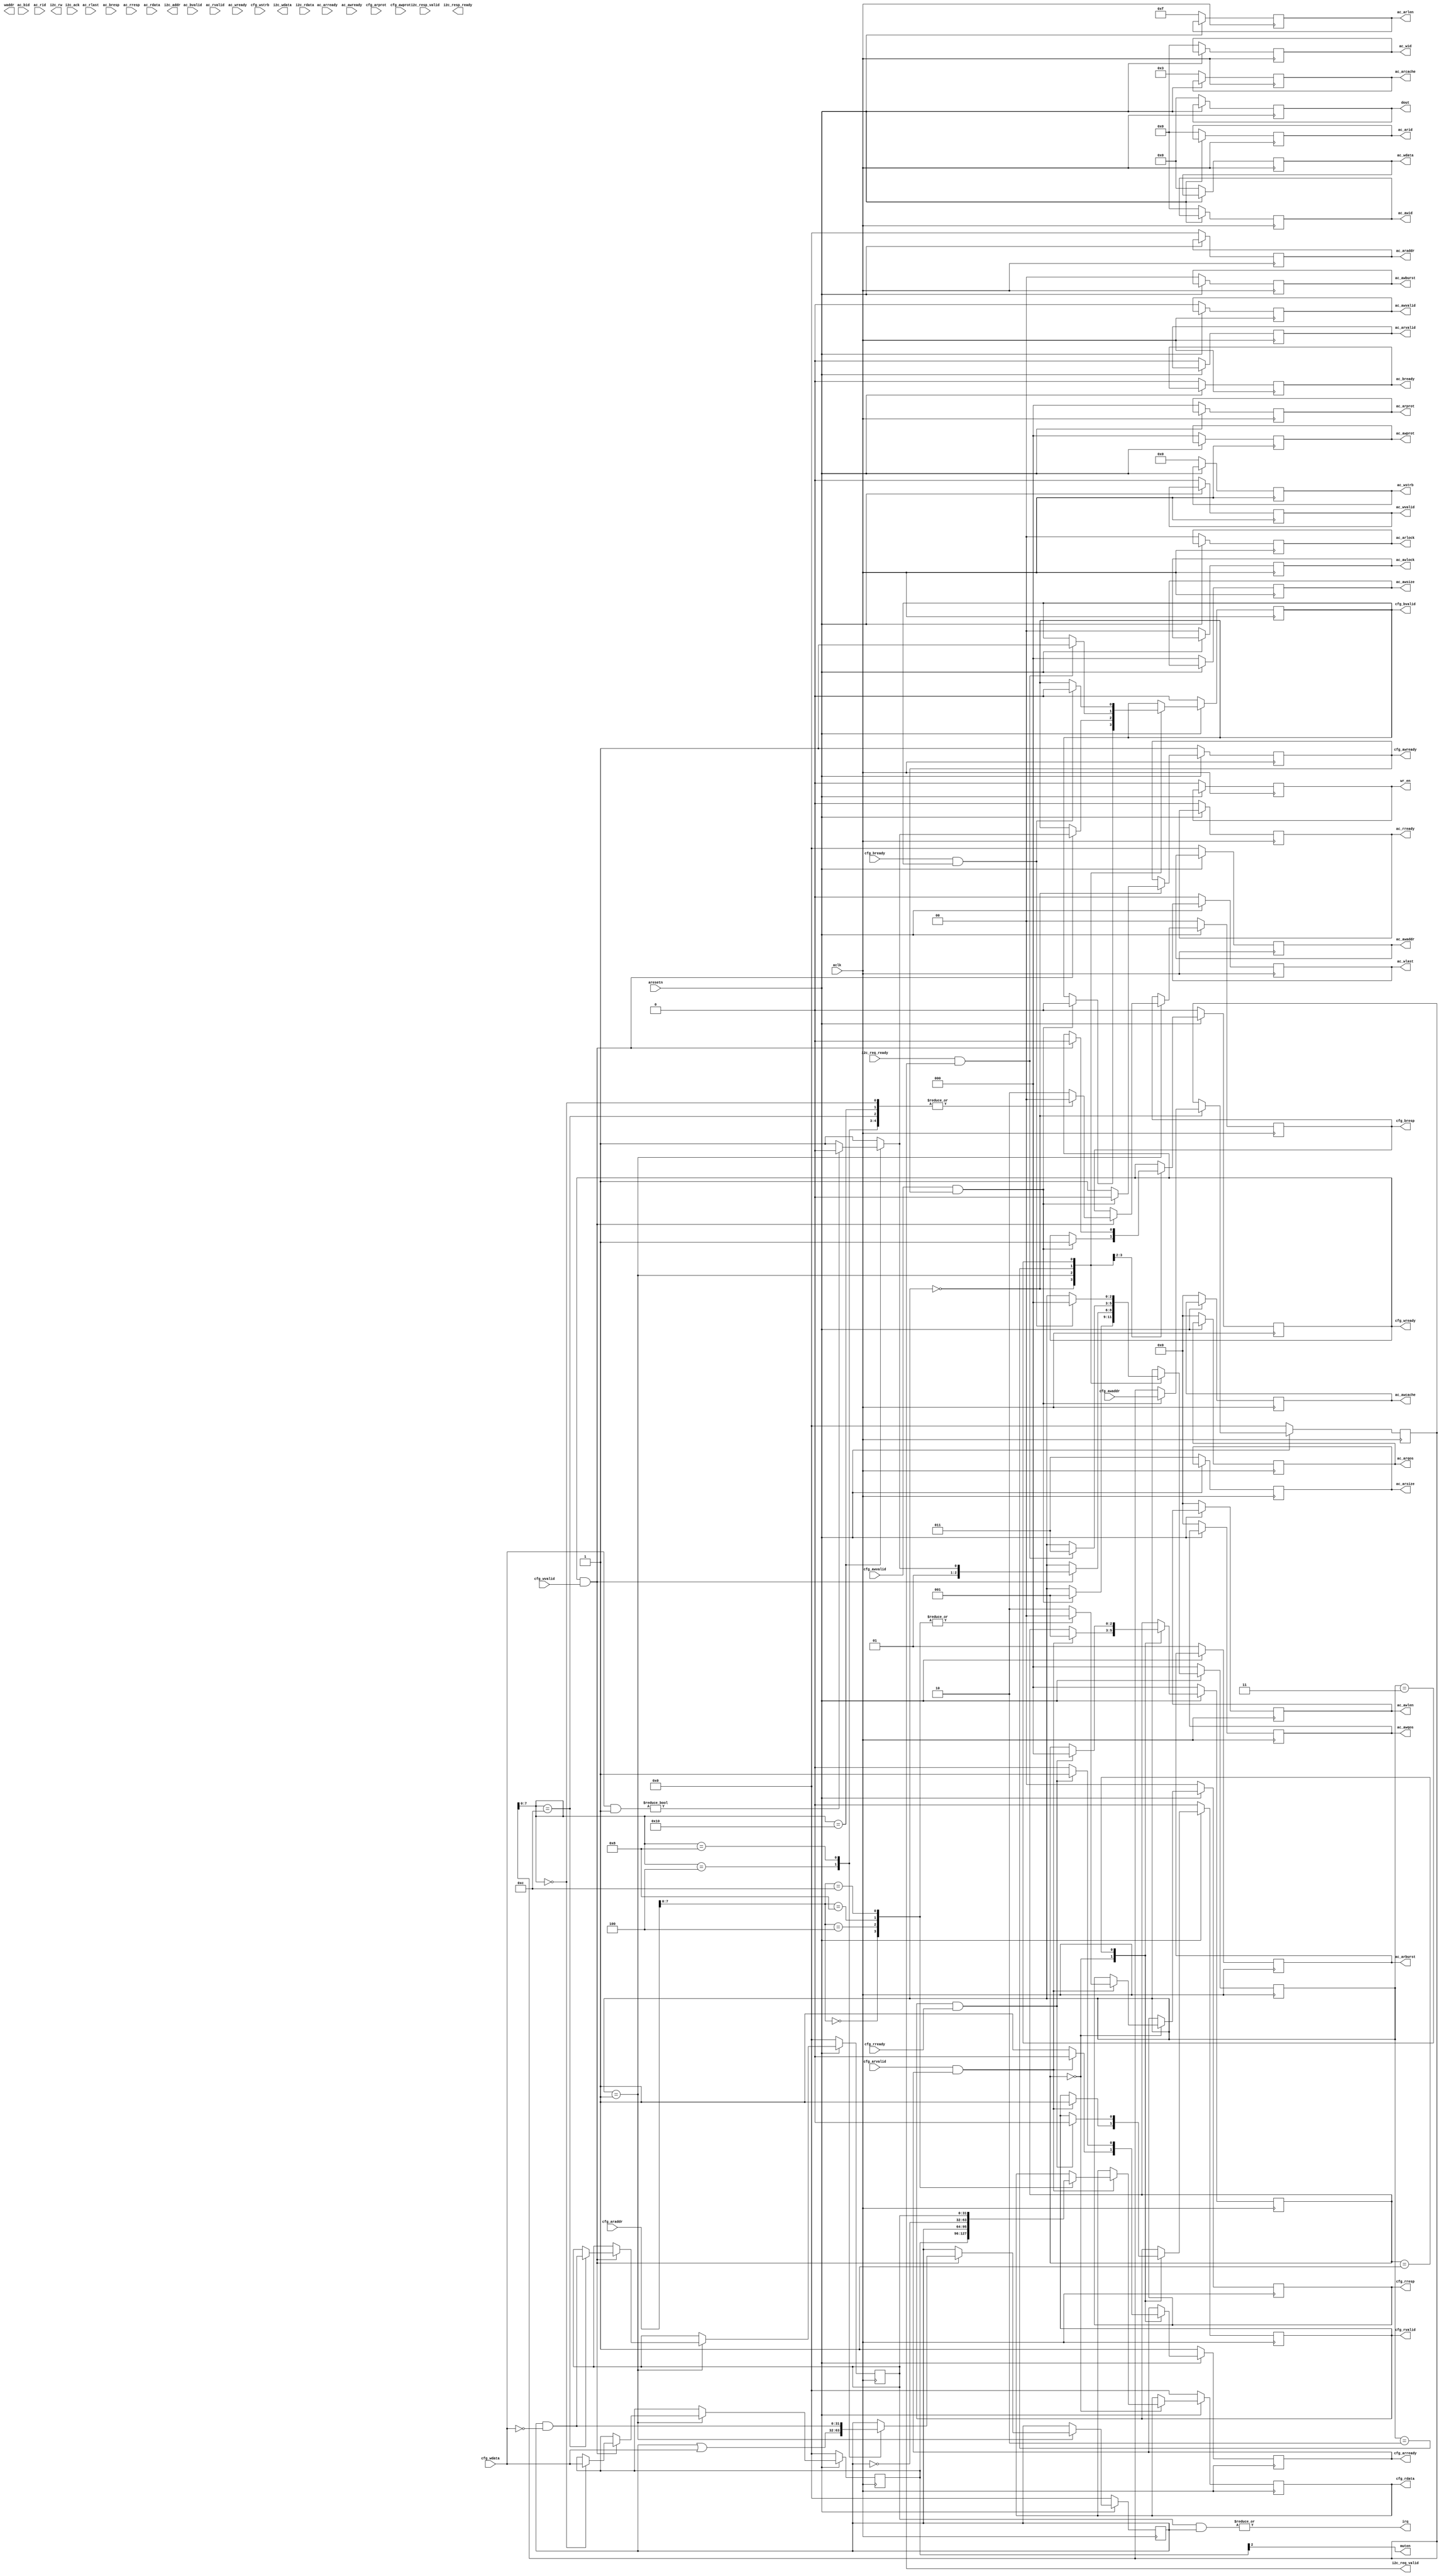
`timescale 1ns / 1ps
//////////////////////////////////////////////////////////////////////////////////
// Company: 
// Engineer: 
// 
// Design Name: 
// Module Name: pcm_channel
// Project Name: 
// Target Devices: 
// Tool Versions: 
// Description: 
// 
// Dependencies: 
// 
// Revision:
// Revision 0.01 - File Created
// Additional Comments:
// 
//////////////////////////////////////////////////////////////////////////////////


module pcm_channel (
	input              aclk,
	input              aresetn,

	output reg         ac_arvalid,
	output reg         ac_awvalid,
	output reg         ac_bready,
	output reg         ac_rready,
	output reg         ac_wlast,
	output reg         ac_wvalid,
	output reg  [5:0]  ac_arid,
	output reg  [5:0]  ac_awid,
	output reg  [5:0]  ac_wid,
	output reg  [1:0]  ac_arburst,
	output reg  [1:0]  ac_arlock,
	output reg  [2:0]  ac_arsize,
	output reg  [1:0]  ac_awburst,
	output reg  [1:0]  ac_awlock,
	output reg  [2:0]  ac_awsize,
	output reg  [2:0]  ac_arprot,
	output reg  [2:0]  ac_awprot,
	output reg  [31:0] ac_araddr,
	output reg  [31:0] ac_awaddr,
	output reg  [63:0] ac_wdata,
	output reg  [3:0]  ac_arcache,
	output reg  [3:0]  ac_arlen,
	output reg  [3:0]  ac_arqos,
	output reg  [3:0]  ac_awcache,
	output reg  [3:0]  ac_awlen,
	output reg  [3:0]  ac_awqos,
	output reg  [7:0]  ac_wstrb,
	input              ac_arready,
	input              ac_awready,
	input              ac_bvalid,
	input              ac_rlast,
	input              ac_rvalid,
	input              ac_wready,
	input       [5:0]  ac_bid,
	input       [5:0]  ac_rid,
	input       [1:0]  ac_bresp,
	input       [1:0]  ac_rresp,
	input       [63:0] ac_rdata,

	input              cfg_arvalid,
	input       [2:0]  cfg_arprot,
	input       [31:0] cfg_araddr,
	input              cfg_awvalid,
	input              cfg_bready,
	input              cfg_rready,
	input       [2:0]  cfg_awprot,
	input       [31:0] cfg_awaddr,
	input       [31:0] cfg_wdata,
	input              cfg_wvalid,
	input       [3:0]  cfg_wstrb,
	output reg         cfg_arready,
	output reg         cfg_awready,
	output reg         cfg_wready,
	output reg         cfg_bvalid,
	output reg  [1:0]  cfg_bresp,
	output reg  [1:0]  cfg_rresp,
	output reg         cfg_rvalid,
	output reg  [31:0] cfg_rdata,

	output reg  [8:0]  waddr,
	output reg  [63:0] dout,
	output reg         wr_en,

	//i2c request channel
	output reg [6:0] i2c_addr,
	output reg       i2c_rw,
	output reg [8:0] i2c_wdata,
	output reg       i2c_req_valid,
	input            i2c_req_ready,

	output           muten,

	//i2c response channel
	input      [8:0] i2c_rdata,
	input            i2c_ack,
	input            i2c_resp_valid,
	output reg       i2c_resp_ready,

	output           irq
);

	parameter burst_len = 16;

	reg [31:0] cfg_awaddr_buf; 

	reg [31:0] ac_cfg; 

	`define AC_CFG_EN    0
	`define AC_CFG_IRQEN 1
	`define AC_MUTEN     2
	assign muten = ac_cfg[`AC_MUTEN];

	reg [31:0] ac_irq_status;
	reg [31:0] ac_irq_mask;

	assign irq = (| (ac_irq_status & ac_irq_mask));

	//bits [31:24]: register address
	//bits [23:15]: write data
	reg [31:0] ac_i2c_req;
	`define I2C_TRANSACTION_START 1

	reg [31:0] ac_i2c_resp;
	`define I2C_TRANSACTION_FINISH 1

	reg burst_active;

	reg  [8:0] waddr_buf;
	reg [63:0] dout_buf;
	reg        wr_en_buf;

	reg [20:0] rd_issue_count;

	reg  [4:0] ac_state;

	`define STATE_RESET      0 
	`define STATE_IDLE       1 
	`define STATE_       1 
	`define STATE_BLOCK_IDLE 3 
	`define STATE_FILL_START 4 
	`define STATE_FILL       5

	always @(posedge aclk) begin
		if(~aresetn) begin
			ac_arvalid <= 0;
			ac_awvalid <= 0;
			ac_bready  <= 0;
			ac_rready  <= 0;
			ac_wlast   <= 0;
			ac_wvalid  <= 0;
			ac_arid    <= 0;
			ac_awid    <= 0;
			ac_wid     <= 0;
			ac_arburst <= 2'b01;
			ac_arlock  <= 0;
			ac_arsize  <= 3'b011;
			ac_awburst <= 0;
			ac_awlock  <= 0;
			ac_awsize  <= 0;
			ac_arprot  <= 0;
			ac_awprot  <= 0;
			ac_araddr  <= 0;
			ac_awaddr  <= 0;
			ac_wdata   <= 0;
			ac_arcache <= 4'b0011;
			ac_arlen   <= burst_len - 1;
			ac_arqos   <= 0;
			ac_awcache <= 0;
			ac_awlen   <= 0;
			ac_awqos   <= 0;
			ac_wstrb   <= 0;

			ac_state   <= `STATE_RESET;

			dout       <= 0;
			dout_buf   <= 0;

			wr_en      <= 0;
			wr_en_buf  <= 0;

		end else begin

			case(ac_state)

			`STATE_RESET: begin
				ac_state <= `STATE_RESET;
			end
/*
			`STATE_IDLE: begin
				if(ac_cfg[`FB_CFG_EN]) begin
					ac_araddr  <= ac_base0;
					ac_arvalid <= 0;
					ac_state   <= `STATE_BLOCK_IDLE;
				end

				ac_rready  <= 0;
			end

			`STATE_FLIP: begin
				wr_en       <= 0;
				burst_start <= 0;
				burst_end   <= 0;
				waddr       <= 0;

				if(frame_sync_pending) begin
					if(fb_cfg[`FB_CFG_FLIP]) begin
						if(fb_status & `FB_CFG_FBSEL) begin
							fb_status <= fb_status & ~`FB_CFG_FBSEL;
							fb_araddr <= fb_base0;
						end else begin
							fb_status <= fb_status |  `FB_CFG_FBSEL;
							fb_araddr <= fb_base1;
						end
					end else begin
						fb_araddr <= (fb_status & `FB_CFG_FBSEL) ? fb_base1 : fb_base0; 
					end

					fb_rready      <= 0;
					fb_arvalid     <= 0;
					fb_state       <= `STATE_BLOCK_IDLE;
					rd_issue_count <= 0;
					frame_sync_ack <= 1;
				end
			end

			`STATE_BLOCK_IDLE: begin
				frame_sync_ack <= 0;
				wr_en      <= 0;

				if(rempty) begin
					fb_state   <= `STATE_FILL_START;
					fb_arvalid <= 1;
				end
			end

			`STATE_FILL_START: begin
				wr_en   <= 0;

				if(fb_arvalid & fb_arready) begin
					fb_arvalid     <= 0;
					fb_rready      <= 1;
					rd_issue_count <= rd_issue_count + 1;
					fb_state       <= `STATE_FILL;
				end
			end

			`STATE_FILL: begin
				if(fb_rvalid & fb_rready) begin
					waddr <= waddr + 1;
					wr_en <= 1;
					dout  <= fb_rdata;

					if(fb_rlast) begin
						fb_rready  <= 0;

						if(rd_issue_count = 9600) begin
							fb_state   <= `STATE_FLIP;
						end else begin
							fb_araddr  <= fb_araddr + (burst_len * 8);

							if(waddr == 511) begin
								fb_arvalid <= 0;
								fb_state   <= `STATE_BLOCK_IDLE;
							end else begin
								fb_arvalid <= 1;
								fb_state   <= `STATE_FILL_START;
							end
						end
					end
				end else begin
					wr_en <= 0;
					dout  <= 0;
				end
			end
*/
			endcase
		end
	end

	reg [2:0] cfg_rstate;
	`define RD_IDLE   0
	`define RD_OUTPUT 1

	reg [2:0] cfg_wstate;
	`define WR_IDLE     0
	`define WR_WAIT     1
	`define WR_I2C_WAIT 2
	`define WR_RESP     3

	always @(posedge aclk) begin
		if(~aresetn) begin
			cfg_arready <= 1;
			cfg_awready <= 1;
			cfg_bvalid  <= 0;
			cfg_rvalid  <= 0;
			cfg_wready  <= 0;
			cfg_bresp   <= 0;
			cfg_rresp   <= 0;
			cfg_rdata   <= 0;

			cfg_rstate  <= `RD_IDLE;
			cfg_wstate  <= `WR_IDLE;

			cfg_awaddr_buf <= 0;

			ac_cfg        <= 0; 
			ac_irq_mask   <= 0;
			ac_irq_status <= 0;

			ac_i2c_req    <= 0;
			ac_i2c_resp   <= 0;


		end else begin

			//Read Channel

			case(cfg_rstate)
			`RD_IDLE: begin
				cfg_arready <= 1;

				if(cfg_arvalid & cfg_arready) begin
					cfg_arready <= 0;
					cfg_rresp   <= 2'b00; //resp(OKAY)
					cfg_rstate  <= `RD_OUTPUT;
					cfg_rvalid  <= 1;

					case(cfg_araddr[7:0])
					8'h00: 
						cfg_rdata <=  ac_cfg;
					8'h04:
						cfg_rdata <=  ac_irq_mask;
					8'h08:
						cfg_rdata <= ~ac_irq_mask;
					8'h0C:
						cfg_rdata <=  ac_irq_status;
						
					default: begin
						cfg_rresp  <= 2'b10; //Address invalid - resp(SLVERR)
						cfg_rvalid <= 1;
					end

					endcase
				end

			end

			`RD_OUTPUT: begin
				cfg_arready <= 0;

				if(cfg_rvalid & cfg_rready) begin
					cfg_arready <= 1;
					cfg_rstate  <= `RD_IDLE;
					cfg_rvalid  <= 0;
				end
			end

			endcase

			//Write Channel

			case(cfg_wstate)
			`WR_IDLE: begin
				cfg_awready <= 1;

				if(cfg_awvalid & cfg_awready) begin
					cfg_awready <= 0;
					cfg_wready  <= 1;
					cfg_wstate  <= `WR_WAIT;
					cfg_bvalid  <= 0;

					cfg_awaddr_buf <= cfg_awaddr;

				end
			end


			`WR_WAIT: begin
				if(cfg_wready & cfg_wvalid) begin
					cfg_bresp   <= 2'b00; //resp(OKAY)
					cfg_wstate  <= `WR_RESP;
					cfg_wready  <= 0;
					cfg_bvalid  <= 1;

					case(cfg_awaddr_buf[7:0])
					8'h00: begin
						ac_cfg <= cfg_wdata;
					end

					8'h04: begin
						ac_irq_mask <= ac_irq_mask | cfg_wdata;
					end

					8'h08: begin
						ac_irq_mask <= ac_irq_mask & ~cfg_wdata;
					end

					8'h0C: begin
						ac_irq_status <= ac_irq_mask & ~cfg_wdata;
					end

					8'h10: begin
						ac_i2c_req <= cfg_wdata;

						if(cfg_wdata & `I2C_TRANSACTION_START) begin
							cfg_bvalid <= 0;
							cfg_wstate <= `WR_I2C_WAIT;
						end
					end 
						
					default:
						cfg_bresp <= 2'b10; //Address invalid - resp(SLVERR)
					
					endcase
			
				end
			end

			`WR_I2C_WAIT: begin
				
				if(i2c_req_ready & i2c_req_valid) begin
					cfg_bvalid <= 1;
					cfg_wstate <= `WR_RESP;
				end
			end

			`WR_RESP: begin
				if(cfg_bready & cfg_bvalid) begin
					cfg_bvalid  <= 0;
					cfg_wstate  <= `WR_IDLE;
				end
			end

			endcase

		end
	end

endmodule